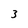
Character: 3